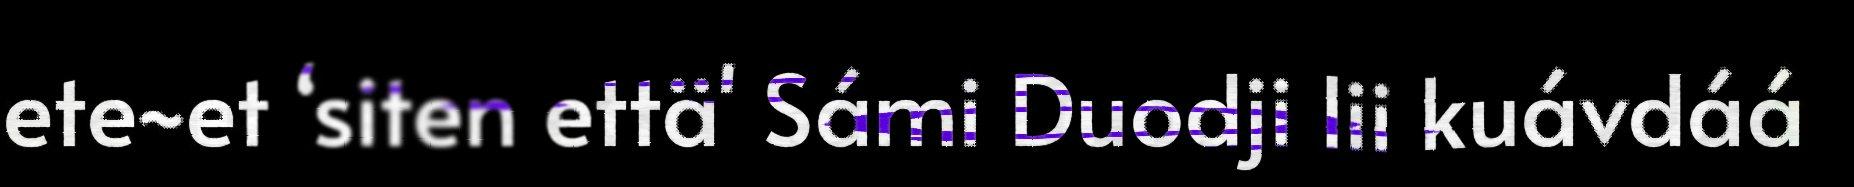
ete~et ‘siten että' Sámi Duodji lii kuávdáá